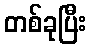
တစ်ခုပြီး